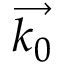
\overrightarrow { k _ { 0 } }